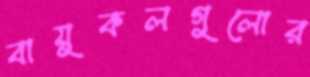
বায়ুকলগুলোর